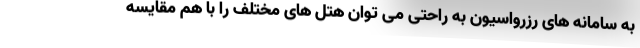
به سامانه های رزرواسیون به راحتی می توان هتل های مختلف را با هم مقایسه